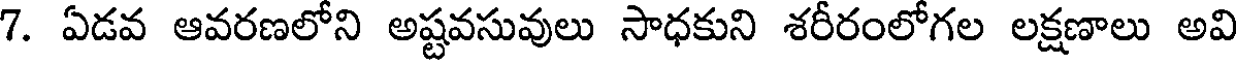
7. ఏడవ ఆవరణలోని అష్టవసువులు సాధకుని శరీరంలోగల లక్షణాలు అవి